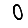
Digit: 0